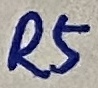
Text: R5